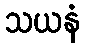
သယနံ